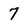
Character: 7